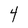
Character: 4